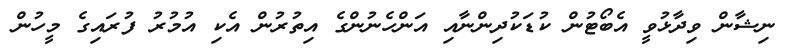
ނިޝާން ވިދާޅުވީ އެބޯޓުން ކުޑަކުދިންނާއި އަންހެނުންގެ އިތުރުން އެކި އުމުރު ފުރައިގެ މީހުން